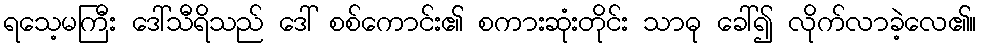
ရသေ့မကြီး ဒေါ်သီရိသည် ဒေါ် စစ်ကောင်း၏ စကားဆုံးတိုင်း သာဓု ခေါ်၍ လိုက်လာခဲ့လေ၏။